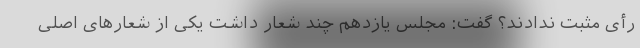
رأی مثبت ندادند؟ گفت: مجلس یازدهم چند شعار داشت یکی از شعارهای اصلی